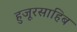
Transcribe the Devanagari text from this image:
हुजूरसाहिब